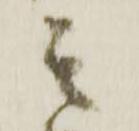
其